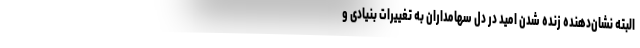
البته نشان‌دهنده زنده شدن امید در دل سهامداران به تغییرات بنیادی و